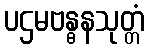
ပဌမဗန္ဓနသုတ္တံ